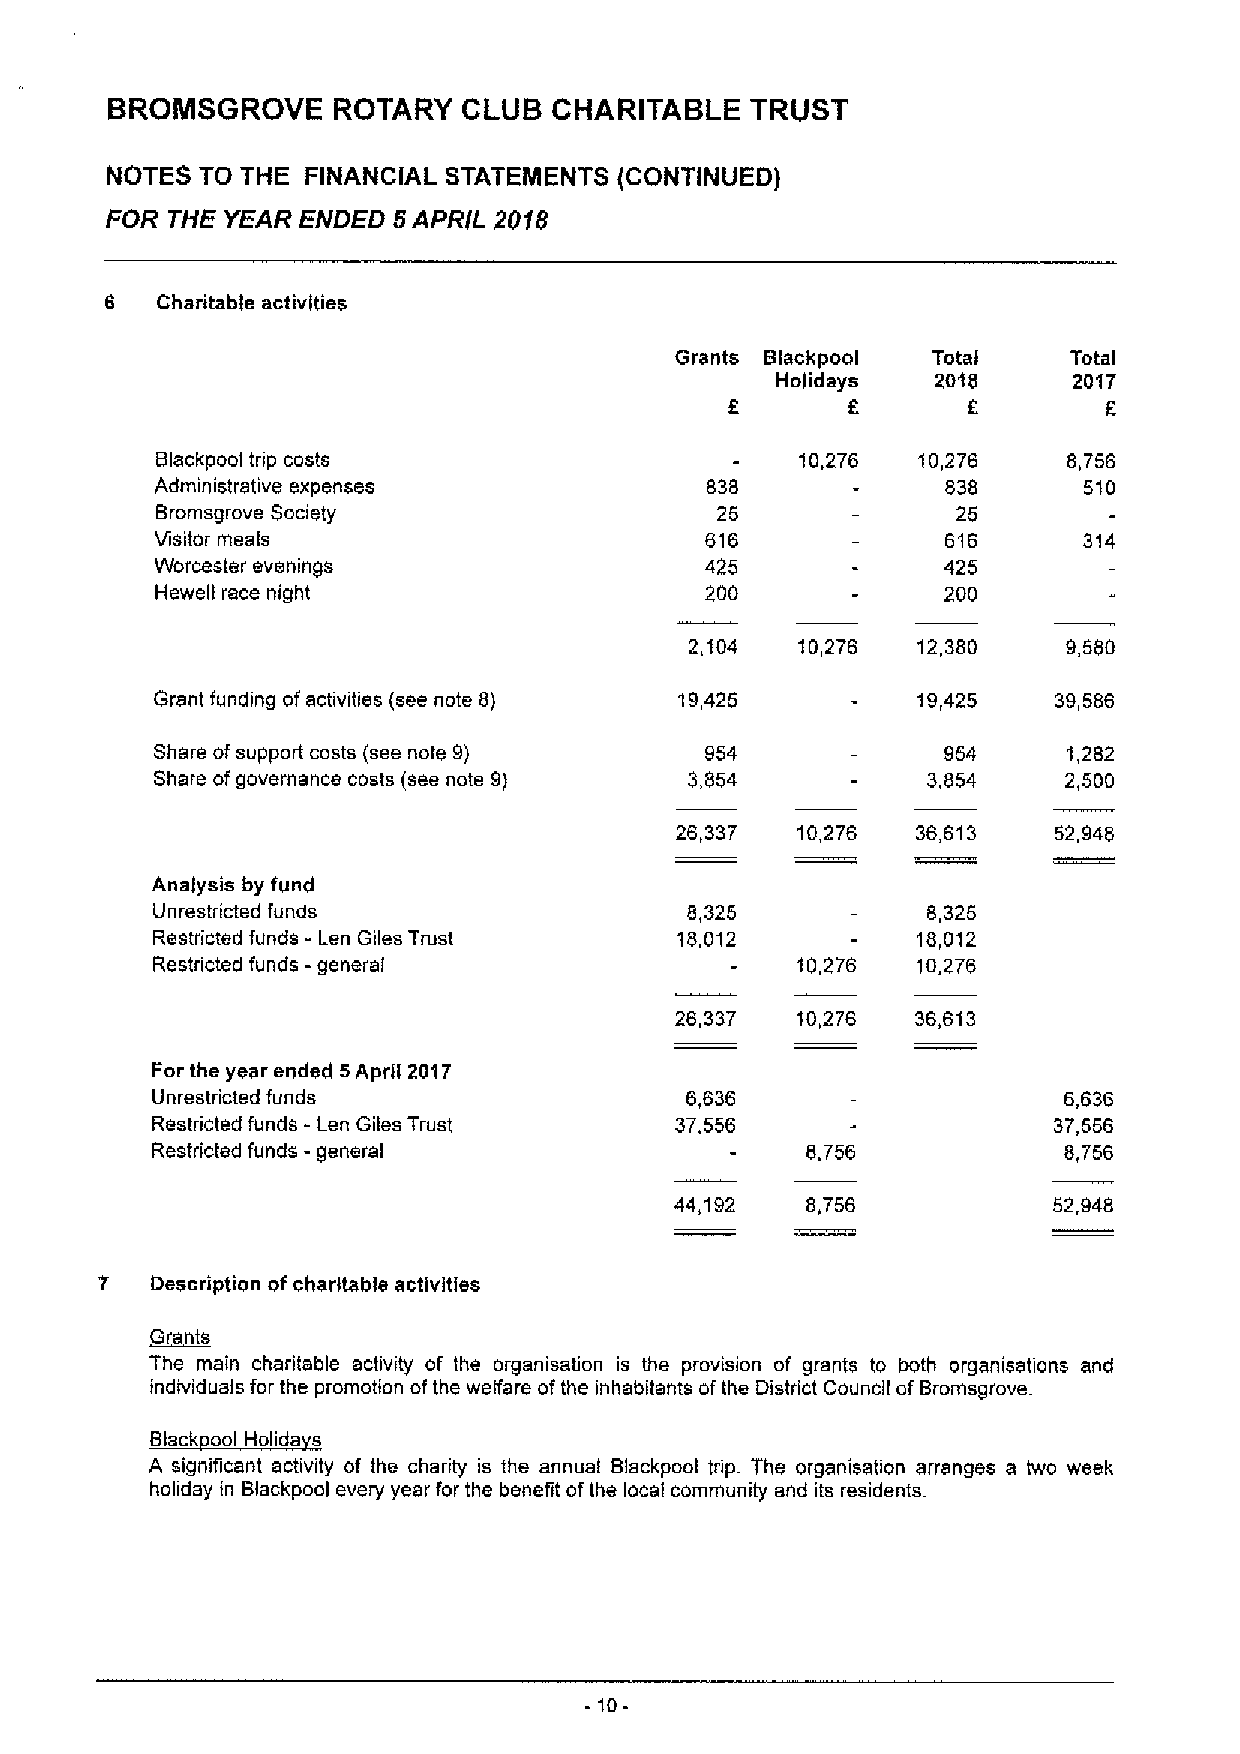
BROMSGROVE     ROTARY   CLUB  CHARITABLE   TRUST
 NOTES TO THE FINANCIAL STATEMENTS (CONTINUED)
 FOR TME YEAR ENDED 5APRIL 2018
 6  Charitable activities
 Grants Blackpoal Total    Total
 Holidays   2018     2017
 6                F
 Blackpool trip costs                       10,276  10,276    8,756
 Administrative expenses              838             838      510
 Bromsgrove Society                   25              25
 Visitor meals                        616             616      314
 Worcester evenings                   425             425
 Hewell race night                    200             200
 2,104  10,276  12,380    9,580
 Grant funding af activities (see note 8) 19,425    19,425   39,586
 Share ofsupport costs (see note 9)   954             954     1,282
 Share ofgovernance costs (see note 9) 3,854        3,854     2,500
 26,337  10,276  36,613   52,948
 Analysis by fund
 Unrestricted funds                 8,325           8,325
 Restricted funds - Een Giles Trust 18,012          18,012
 Restricted funds -general                  10,276  10,276
 26,337  10,276  36,613
 For the year ended 6April 2017
 Unrestricted funds                 6,636                    6,636
 Restricted funds - Len Giles Trust 37,556                   37,556
 Restricted funds -general                  8,756            8,756
 44,192  8,756            52,948
 7  Description ofcharitable activities
 ~Gents
 The main charitable activity of the organisation is the provision of grants to both organisations and
 individuals for the promotion ofthe welfare ofthe inhabitants afthe District Cauncil ofBromsgrove.
 ~BI k I kk lid
 A signiticant activity of the charity is the annual Blackpool trip. The organisation arranges a two week
 holiday in Blackpool every year for the benefit ofthe local community and its residents.
 -10-